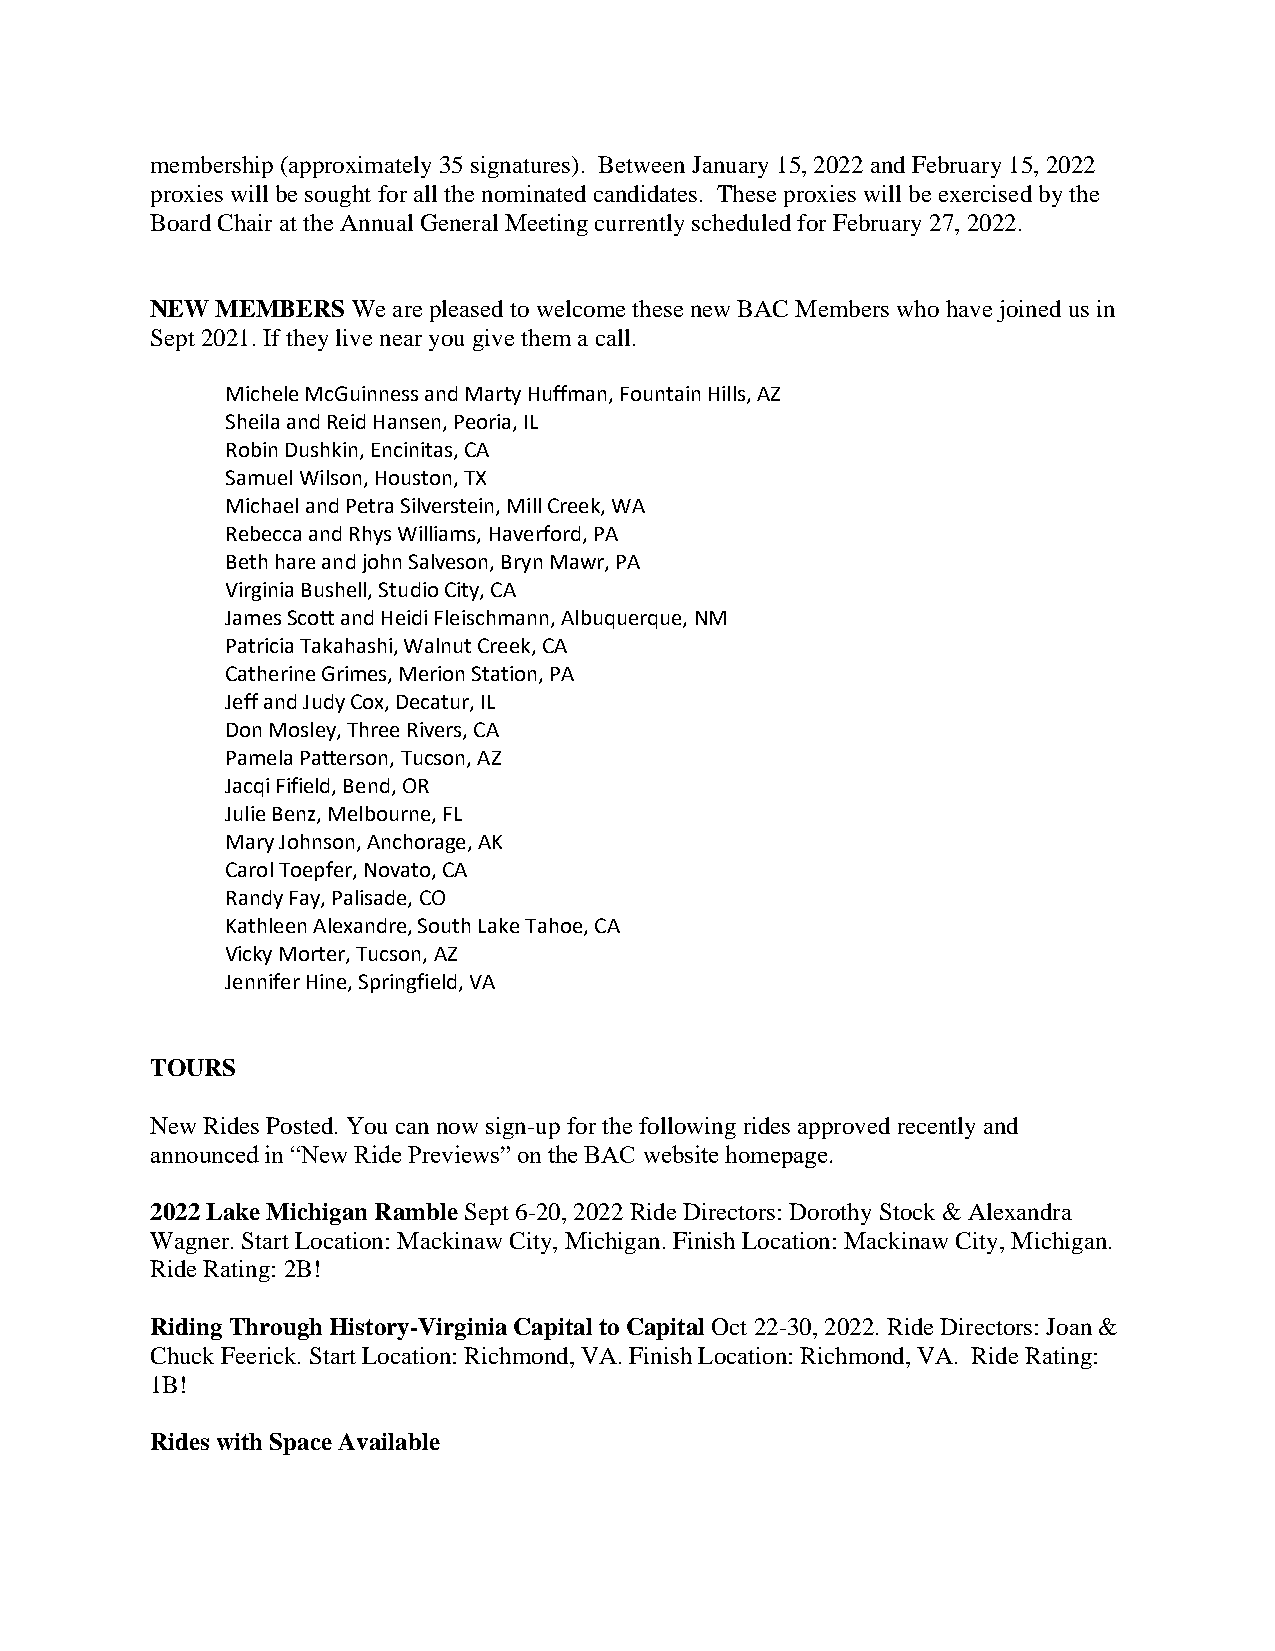
membership (approximately 35 signatures). Between January 15, 2022 and February 15, 2022
 proxies will be sought for all the nominated candidates. These proxies will be exercised by the
 Board Chair at the Annual General Meeting currently scheduled for February 27, 2022.
 NEW MEMBERS  We are pleased to welcome these new BAC Members who have joined us in
 Sept 2021. If they live near you give them a call.
 Michele McGuinness and Marty Huffman, Fountain Hills, AZ
 Sheila and Reid Hansen, Peoria, IL
 Robin Dushkin, Encinitas, CA
 Samuel Wilson, Houston, TX
 Michael and Petra Silverstein, Mill Creek, WA
 Rebecca and Rhys Williams, Haverford, PA
 Beth hare and john Salveson, Bryn Mawr, PA
 Virginia Bushell, Studio City, CA
 James Scott and Heidi Fleischmann, Albuquerque, NM
 Patricia Takahashi, Walnut Creek, CA
 Catherine Grimes, Merion Station, PA
 Jeff and Judy Cox, Decatur, IL
 Don Mosley, Three Rivers, CA
 Pamela Patterson, Tucson, AZ
 Jacqi Fifield, Bend, OR
 Julie Benz, Melbourne, FL
 Mary Johnson, Anchorage, AK
 Carol Toepfer, Novato, CA
 Randy Fay, Palisade, CO
 Kathleen Alexandre, South Lake Tahoe, CA
 Vicky Morter, Tucson, AZ
 Jennifer Hine, Springfield, VA
 TOURS
 New Rides Posted. You can now sign-up for the following rides approved recently and
 announced in “New Ride Previews” on the BAC website homepage.
 2022 Lake Michigan Ramble Sept 6-20, 2022 Ride Directors: Dorothy Stock & Alexandra
 Wagner. Start Location: Mackinaw City, Michigan. Finish Location: Mackinaw City, Michigan.
 Ride Rating: 2B!
 Riding Through History-Virginia Capital to Capital Oct 22-30, 2022. Ride Directors: Joan &
 Chuck Feerick. Start Location: Richmond, VA. Finish Location: Richmond, VA. Ride Rating:
 1B!
 Rides with Space Available